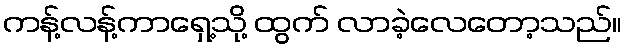
ကန့်လန့်ကာရှေ့သို့ ထွက် လာခဲ့လေတော့သည်။